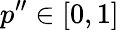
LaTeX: p^{\prime\prime}\in[0,1]